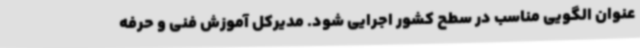
عنوان الگویی مناسب در سطح کشور اجرایی شود. مدیرکل آموزش فنی و حرفه